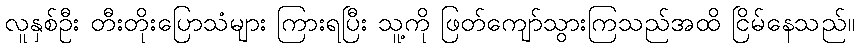
လူနှစ်ဦး တီးတိုးပြောသံများ ကြားရပြီး သူ့ကို ဖြတ်ကျော်သွားကြသည်အထိ ငြိမ်နေသည်။